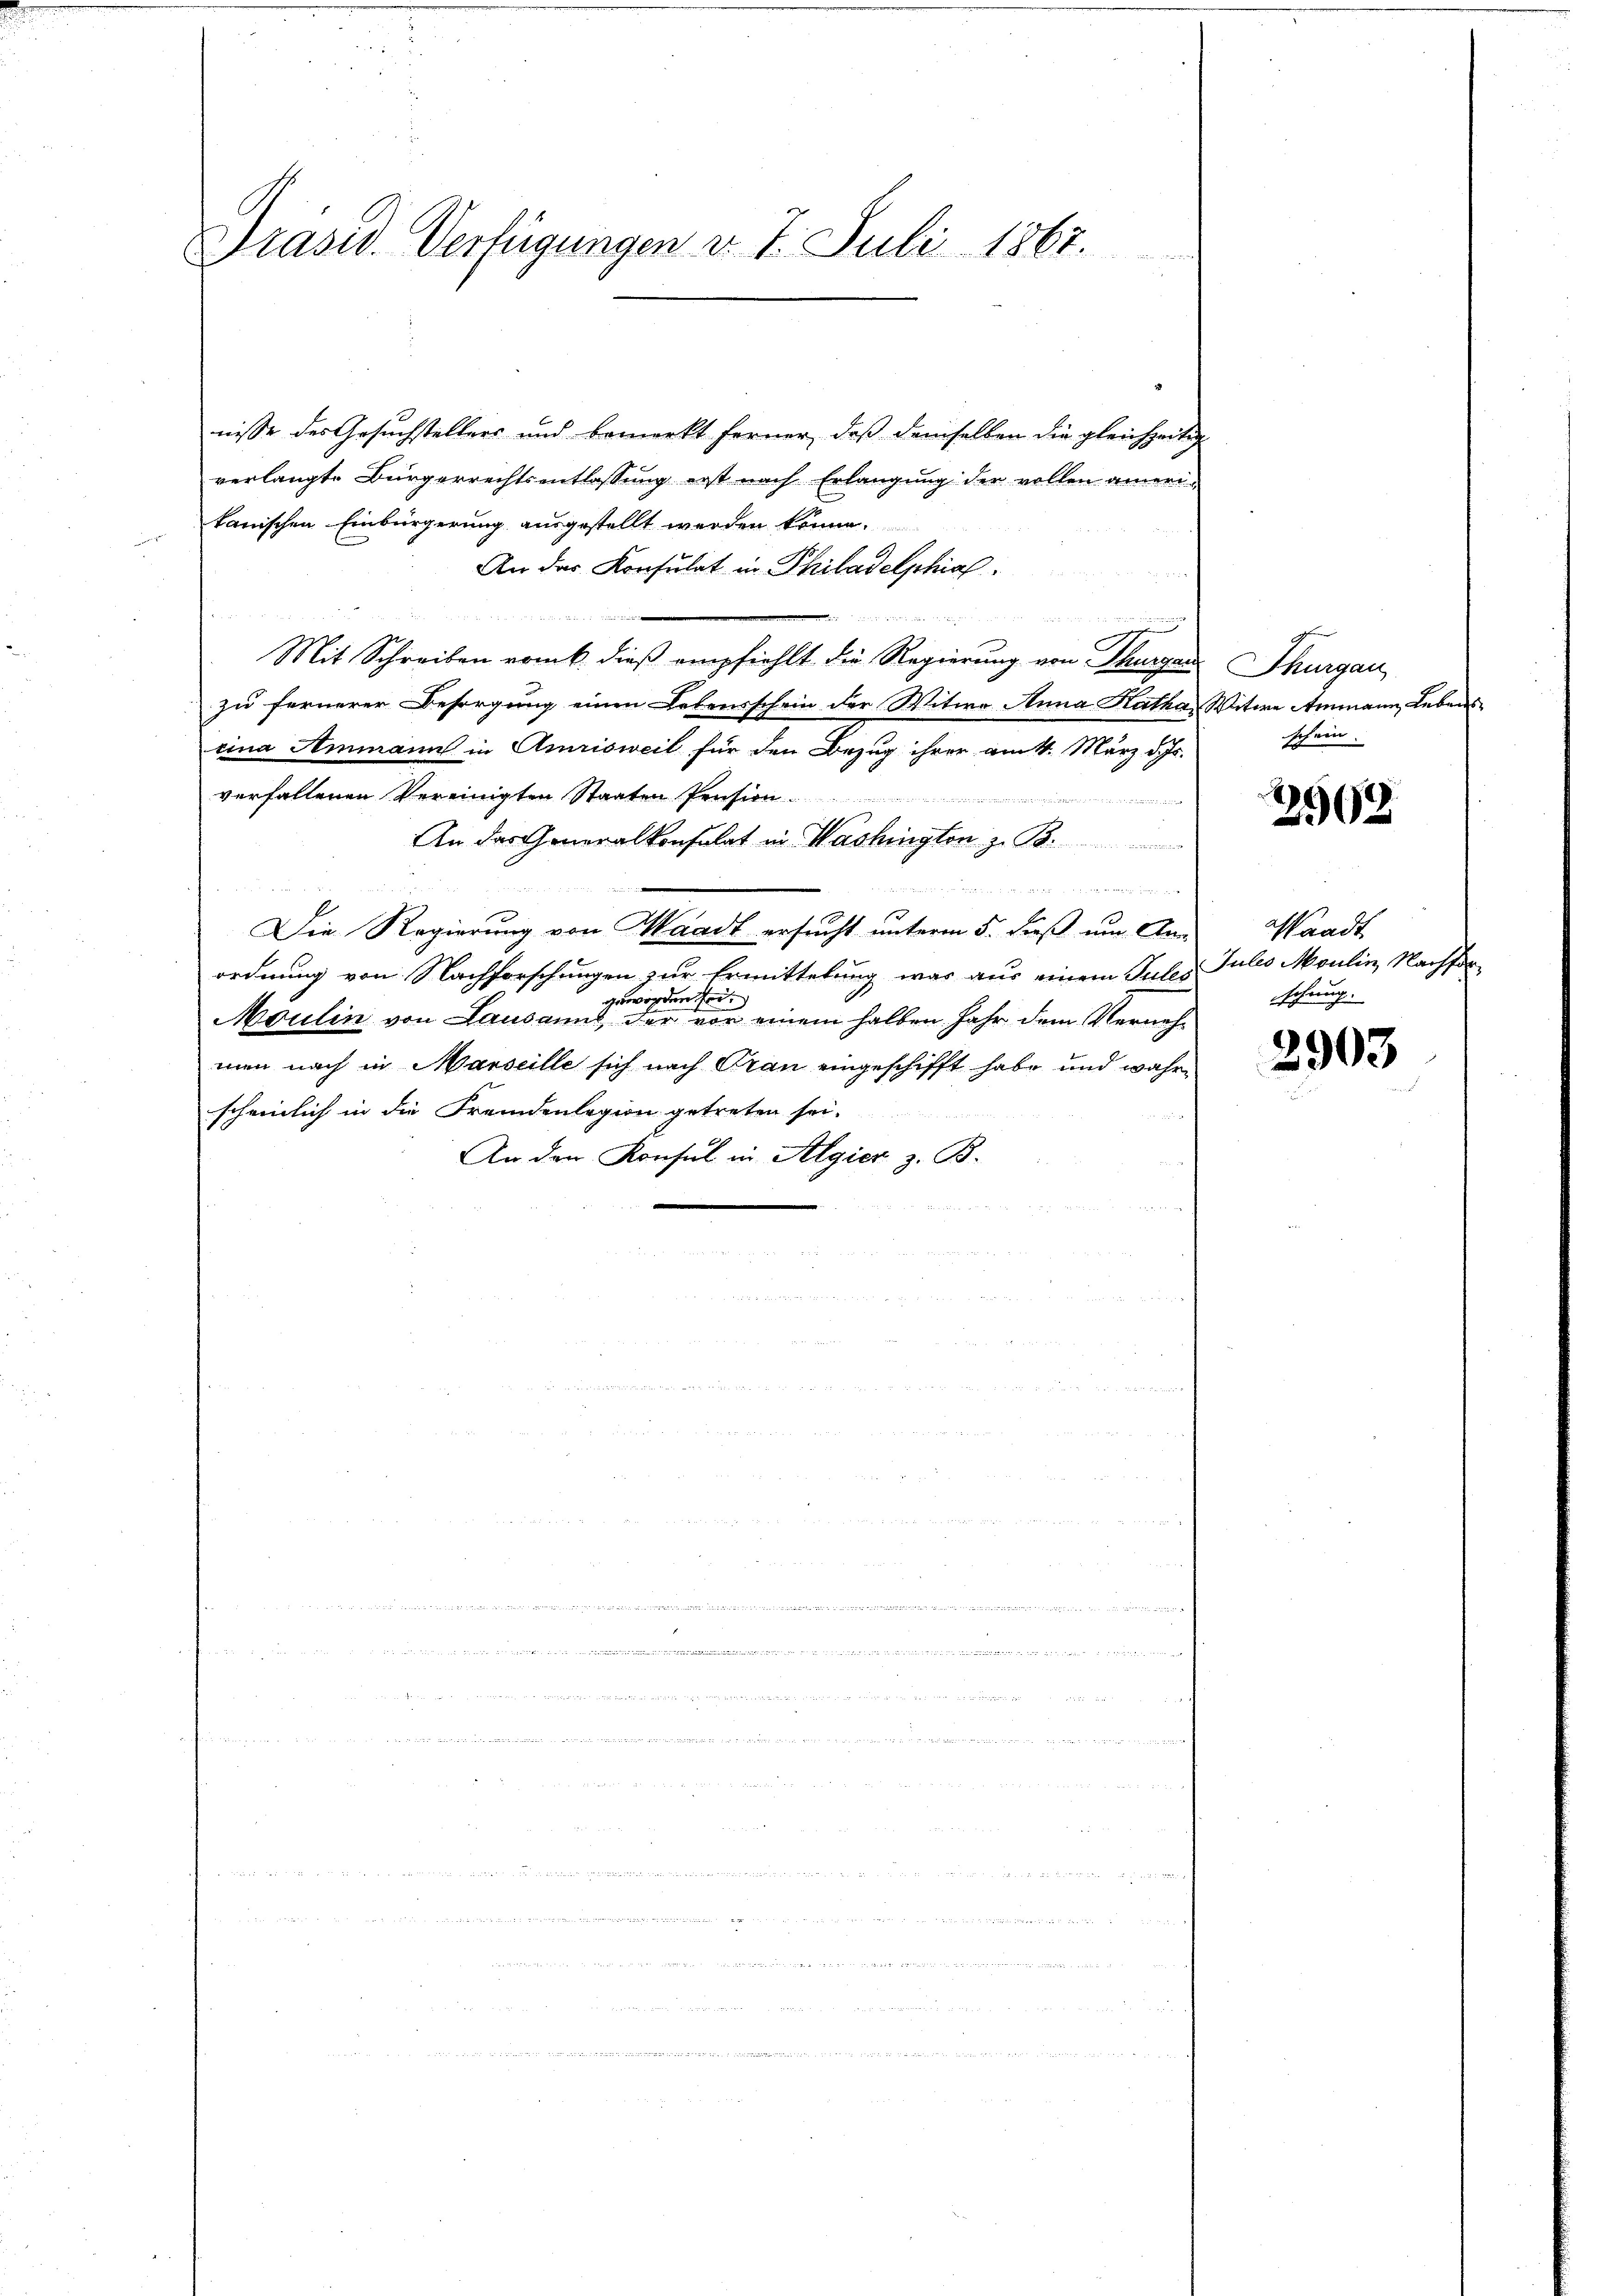
Präsid. Verfügungen v. 7. Juli 1867.

nisse des Gesuchstellers und bemerkt ferner, daß demselben die gleichzeitig
verlangte Bürgerrechtsentlassung erst nach Erlangung der vollen amerikanischen Einbürgerung ausgestellt werden könne.
An das Konsulat in Philadelphia

Mit Schreiben vom 6. dieß empfiehlt die Regierung von Thurgau Thurgau
zu fernerer Besorgung einen Lebensschein der Witwe Anna Katha, Witwe Ammann Lebens
cina Ammann in Amrisweil für den Bezug ihrer am 11. März d. Js.
verfallenen Vereinigten Staaten Pension.
n tuten wir bei der mit die in der
An das Generalkonsulat in Washington z. B.

Die Regierung von Waadt ersucht unterm 5. dieß um An
ordnung von Nachforschungen zur Ermittelung, was aus einem Tules Julio Moulin, Nachfor
geworden sei.
Moulin von Lausannt, der vor einem halben Jahr dem Vernehmen nach in Marseille sich nach Gran eingeschifft habe und wahrscheinlich in die Fremdenlegion getreten sei.
An den Konsul in Algier z. B.

n

schein.

A
202

Waadt
schung.

2903